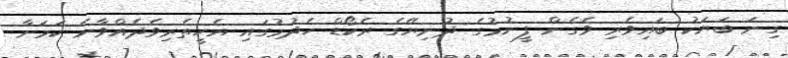
ގިނަ ބަޔަކު ބައިވެރި ވެގެން ފީނުމުގެ ދުނިޔޭގެ ރެކޯޑް ހެދުމުގައި އެހީތެރިވެދެއްވާނެ ކަމަަށާ